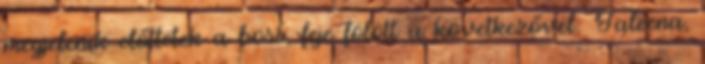
megjelenik előttetek a boss, feje fölött a következővel: Jaleena,